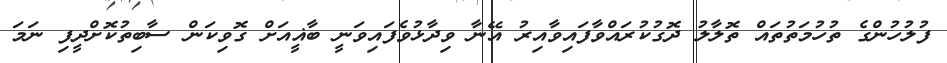
ފުލުހުންގެ ތުހުމަތުތައް ތޮލާލު ދޮގުކުރައްވާފައިވާއިރު އޭނާ ވިދާޅުވެފައިވަނީ ބާޣީއަށް ގޮވިކަން ސާބިތުކޮށްދީފި ނަމަ